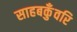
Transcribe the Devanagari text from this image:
साहबकुँवरि